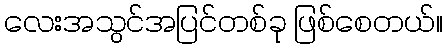
လေးအသွင်အပြင်တစ်ခု ဖြစ်စေတယ်။